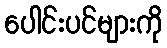
ပေါင်းပင်များကို